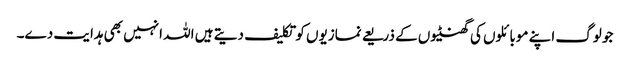
جو لوگ اپنے موبائلوں کی گھنٹیوں کے ذریعے نمازیوں کو تکلیف دیتے ہیں اللہ انہیں بھی ہدایت دے۔